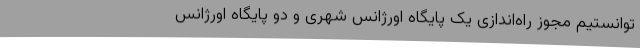
توانستیم مجوز راه‌اندازی یک پایگاه اورژانس شهری و دو پایگاه اورژانس